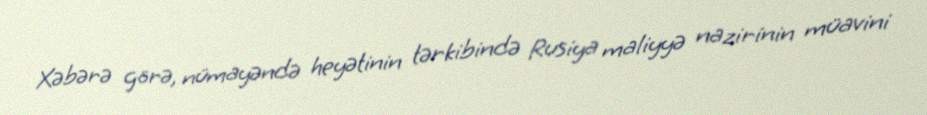
Xəbərə görə, nümayəndə heyətinin tərkibində Rusiya maliyyə nazirinin müavini